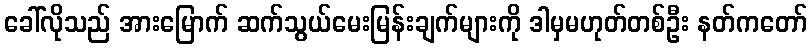
ခေါ်လိုသည် အားမြောက် ဆက်သွယ်မေးမြန်းချက်များကို ဒါမှမဟုတ်တစ်ဦး နတ်ကတော်